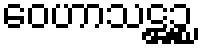
ဝေဟာသဋ္ဌဉ္စ